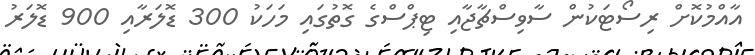
އާއްމުކޮށް ރިސޯޓަކުން ސާވިސްޗާޖާއި ޓިޕްސްގެ ގޮތުގައި މަހަކު 300 ޑޮލަރާއި 900 ޑޮލަރު